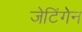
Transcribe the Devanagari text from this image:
जेटिंगेन